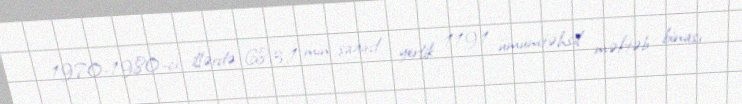
1970-1980-ci illərdə 683,1 min şagird yerlik 1191 ümumtəhsil məktəb binası